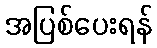
အပြစ်ပေးရန်